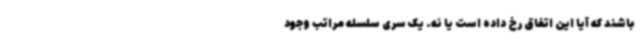
باشند که آیا این اتفاق رخ داده است یا نه. یک سری سلسله مراتب وجود